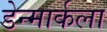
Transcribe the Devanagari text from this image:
डेन्मार्कला